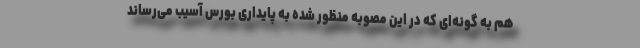
هم به گونه‌ای که در این مصوبه منظور شده به پایداری بورس آسیب می‌رساند